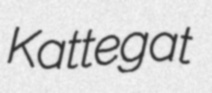
Kattegat